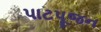
પાટપૂજન